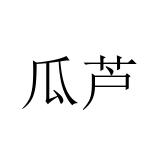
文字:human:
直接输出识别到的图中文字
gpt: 瓜芦